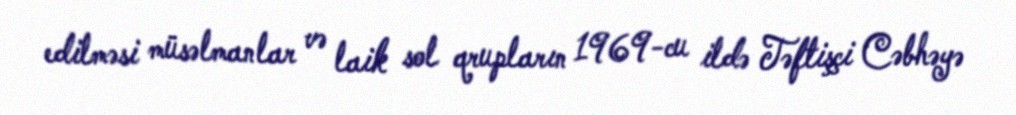
edilməsi müsəlmanlar və laik sol qrupların 1969-cu ildə Təftişçi Cəbhəyə